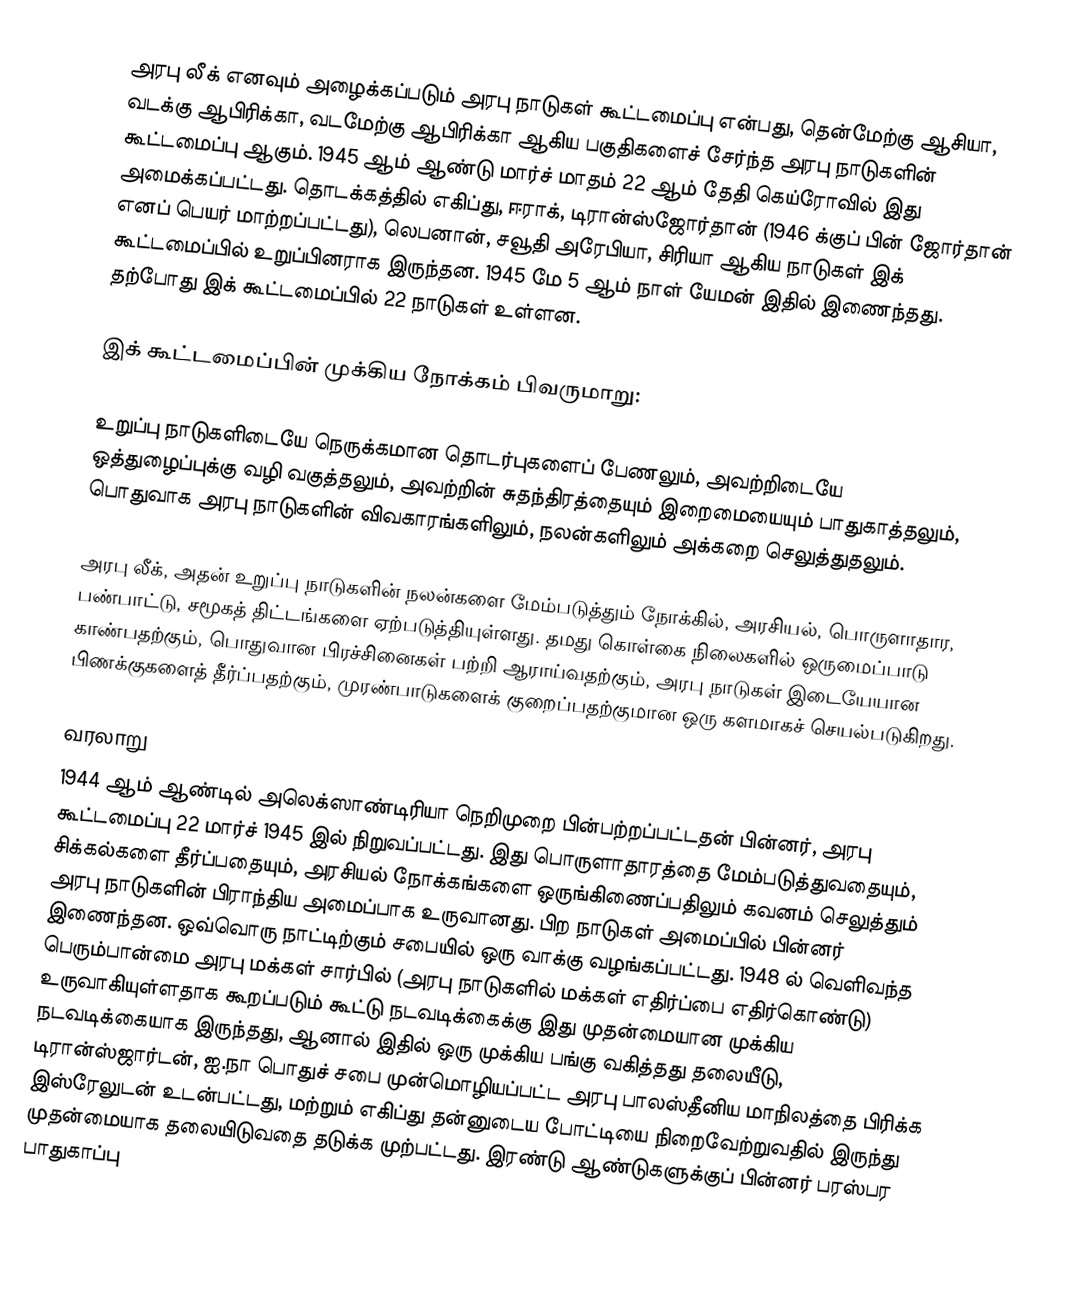
அரபு லீக் எனவும் அழைக்கப்படும் அரபு நாடுகள் கூட்டமைப்பு என்பது, தென்மேற்கு ஆசியா, வடக்கு ஆபிரிக்கா, வடமேற்கு ஆபிரிக்கா ஆகிய பகுதிகளைச் சேர்ந்த அரபு நாடுகளின் கூட்டமைப்பு ஆகும். 1945 ஆம் ஆண்டு மார்ச் மாதம் 22 ஆம் தேதி கெய்ரோவில் இது அமைக்கப்பட்டது. தொடக்கத்தில் எகிப்து, ஈராக், டிரான்ஸ்ஜோர்தான் (1946 க்குப் பின் ஜோர்தான் எனப் பெயர் மாற்றப்பட்டது), லெபனான், சவூதி அரேபியா, சிரியா ஆகிய நாடுகள் இக் கூட்டமைப்பில் உறுப்பினராக இருந்தன. 1945 மே 5 ஆம் நாள் யேமன் இதில் இணைந்தது. தற்போது இக் கூட்டமைப்பில் 22 நாடுகள் உள்ளன.

இக் கூட்டமைப்பின் முக்கிய நோக்கம் பிவருமாறு:

 உறுப்பு நாடுகளிடையே நெருக்கமான தொடர்புகளைப் பேணலும், அவற்றிடையே ஒத்துழைப்புக்கு வழி வகுத்தலும், அவற்றின் சுதந்திரத்தையும் இறைமையையும் பாதுகாத்தலும், பொதுவாக அரபு நாடுகளின் விவகாரங்களிலும், நலன்களிலும் அக்கறை செலுத்துதலும்.

அரபு லீக், அதன் உறுப்பு நாடுகளின் நலன்களை மேம்படுத்தும் நோக்கில், அரசியல், பொருளாதார, பண்பாட்டு, சமூகத் திட்டங்களை ஏற்படுத்தியுள்ளது. தமது கொள்கை நிலைகளில் ஒருமைப்பாடு காண்பதற்கும், பொதுவான பிரச்சினைகள் பற்றி ஆராய்வதற்கும், அரபு நாடுகள் இடையேயான பிணக்குகளைத் தீர்ப்பதற்கும், முரண்பாடுகளைக் குறைப்பதற்குமான ஒரு களமாகச் செயல்படுகிறது.

வரலாறு
1944 ஆம் ஆண்டில் அலெக்ஸாண்டிரியா நெறிமுறை பின்பற்றப்பட்டதன் பின்னர், அரபு கூட்டமைப்பு 22 மார்ச் 1945 இல் நிறுவப்பட்டது. இது பொருளாதாரத்தை மேம்படுத்துவதையும், சிக்கல்களை தீர்ப்பதையும், அரசியல் நோக்கங்களை ஒருங்கிணைப்பதிலும்  கவனம் செலுத்தும் அரபு நாடுகளின் பிராந்திய அமைப்பாக உருவானது. பிற நாடுகள் அமைப்பில் பின்னர் இணைந்தன. ஒவ்வொரு நாட்டிற்கும் சபையில் ஒரு வாக்கு வழங்கப்பட்டது. 1948 ல் வெளிவந்த பெரும்பான்மை அரபு மக்கள் சார்பில் (அரபு நாடுகளில் மக்கள் எதிர்ப்பை எதிர்கொண்டு) உருவாகியுள்ளதாக கூறப்படும் கூட்டு நடவடிக்கைக்கு இது முதன்மையான முக்கிய நடவடிக்கையாக இருந்தது, ஆனால் இதில் ஒரு முக்கிய பங்கு வகித்தது தலையீடு, டிரான்ஸ்ஜார்டன், ஐ.நா பொதுச் சபை முன்மொழியப்பட்ட அரபு பாலஸ்தீனிய மாநிலத்தை பிரிக்க இஸ்ரேலுடன் உடன்பட்டது, மற்றும் எகிப்து தன்னுடைய போட்டியை நிறைவேற்றுவதில் இருந்து முதன்மையாக தலையிடுவதை தடுக்க முற்பட்டது. இரண்டு ஆண்டுகளுக்குப் பின்னர் பரஸ்பர பாதுகாப்பு